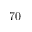
7 0